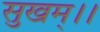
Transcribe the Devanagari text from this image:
सुखम्।।